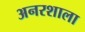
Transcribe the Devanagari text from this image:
अनरशाला